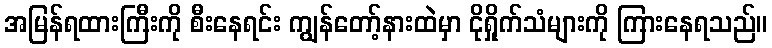
အမြန်ရထားကြီးကို စီးနေရင်း ကျွန်တော့်နားထဲမှာ ငိုရှိုက်သံများကို ကြားနေရသည်။